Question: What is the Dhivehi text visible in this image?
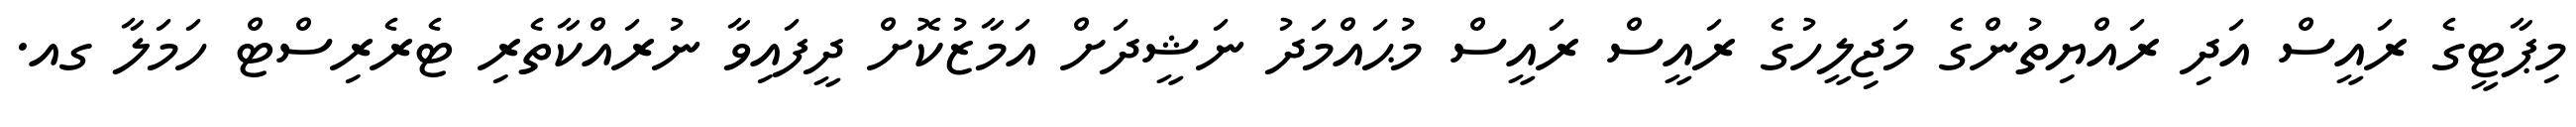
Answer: މިޕާޓީގެ ރައީސް އަދި ރައްޔިތުންގެ މަޖިލީހުގެ ރައީސް ރައީސް މުޙައްމަދު ނަޝީދަށް އަމާޒުކޮށް ދީފައިވާ ނުރައްކާތެރި ޓެރެރިސްޓް ހަމަލާ ގއ.